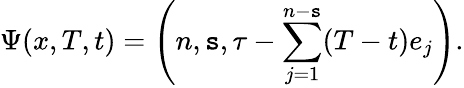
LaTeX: \Psi(x,T,t)=\left(n,\mathtt{s},\tau-\sum_{j=1}^{n-\mathtt{s}}(T-t)e_{j}\right).